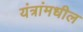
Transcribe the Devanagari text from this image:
यंत्रांमधील